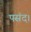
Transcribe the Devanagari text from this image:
पसंद।